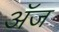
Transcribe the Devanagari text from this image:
अॅज